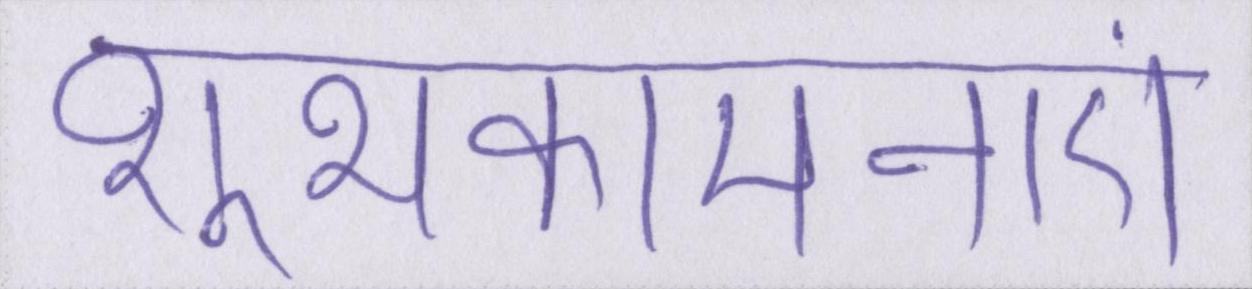
शुभकांमनाएं